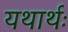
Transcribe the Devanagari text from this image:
यथार्थः